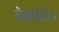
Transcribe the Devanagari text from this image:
वेबपोर्टल